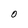
Character: O